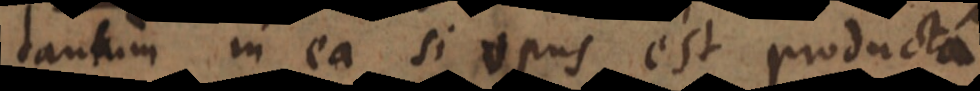
tantum in ea si opus est producta